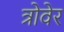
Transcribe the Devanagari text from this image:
त्रोवेर